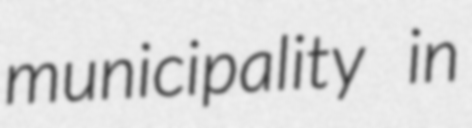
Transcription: municipality in